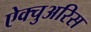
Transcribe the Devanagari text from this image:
ऐक्चुअरिस